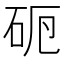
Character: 𥑣